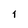
Character: 1